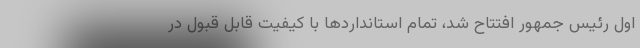
اول رئیس جمهور افتتاح شد، تمام استانداردها با کیفیت قابل قبول در